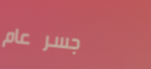
جسر عام